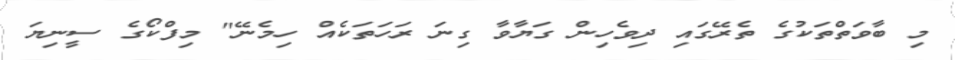
މި ބާވަތްތަކުގެ ތެރޭގައި ދިވެހިން ގަޔާވާ ގިނަ ރަހަތަކެއް ހިމެނޭ" މިފްކޯގެ ސީނިޔަ